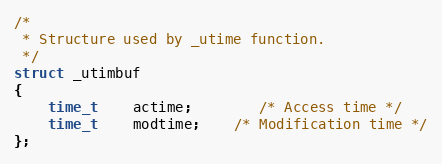
Language: C
/*
 * Structure used by _utime function.
 */
struct _utimbuf
{
	time_t	actime;		/* Access time */
	time_t	modtime;	/* Modification time */
};